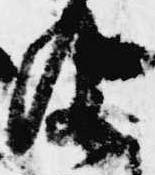
及